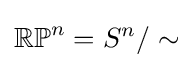
\mathbb {RP} ^{n}=S^{n}/\sim